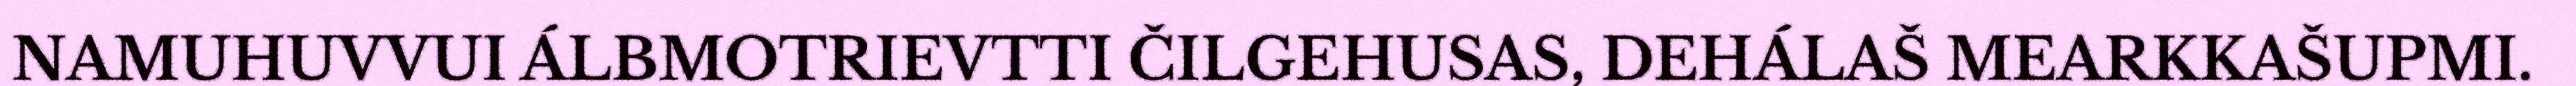
NAMUHUVVUI ÁLBMOTRIEVTTI ČILGEHUSAS, DEHÁLAŠ MEARKKAŠUPMI.